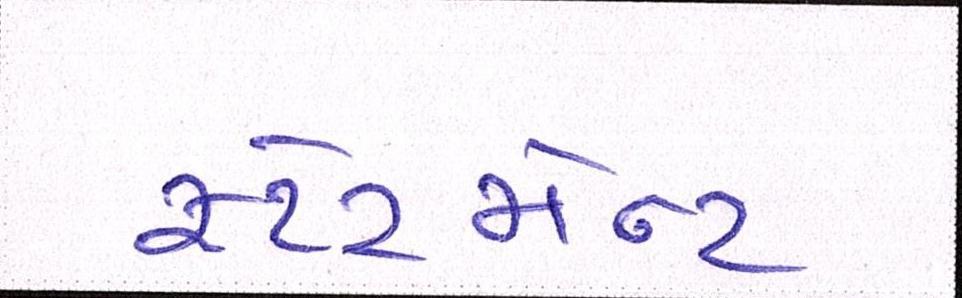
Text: સ્ટેટમેન્ટ